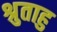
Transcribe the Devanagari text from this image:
श्रुताहु